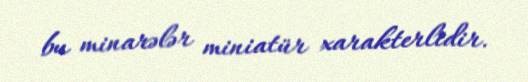
bu minarələr miniatür xarakterlidir.